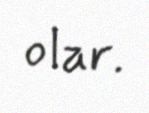
olar.